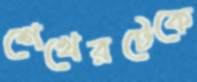
শেখেরটেকে